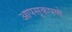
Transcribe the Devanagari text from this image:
आपसूकपणे